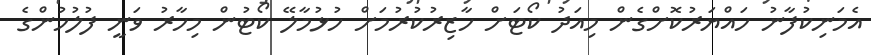
އެމަނިކުފާނު ހައްޔަރުކޮށްގެން މިއަދު ކޯޓަށް ހާޒިރުކުރުމަށް ހުޅުމާލޭ ކޯޓުން މިހާރު ވަނީ ފުލުހުންގެ